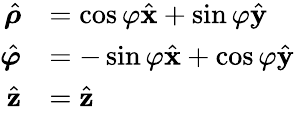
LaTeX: {\begin{array}{rl}{{\hat{\boldsymbol{\rho}}}}&{=\cos\varphi{\hat{\mathbf{x}}}+\sin\varphi{\hat{\mathbf{y}}}}\\ {{\hat{\boldsymbol{\varphi}}}}&{=-\sin\varphi{\hat{\mathbf{x}}}+\cos\varphi{\hat{\mathbf{y}}}}\\ {{\hat{\mathbf{z}}}}&{={\hat{\mathbf{z}}}}\end{array}}